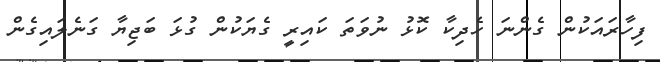
ފިހާރައަކުން ގެންނަ ހެދިކާ ކޮޅު ނުވަތަ ކައިރީ ގެޔަކުން ގުޅަ ބަޖިޔާ ގަނެލައިގެން